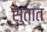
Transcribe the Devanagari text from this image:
सुतात